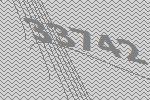
33742